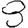
Digit: 8